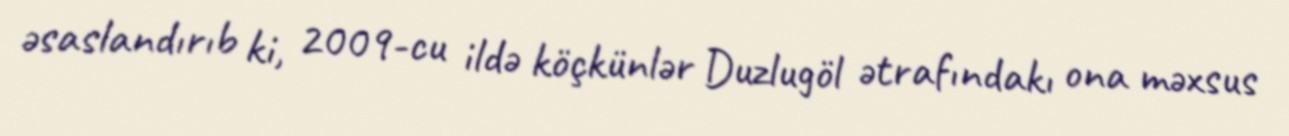
əsaslandırıb ki, 2009-cu ildə köçkünlər Duzlugöl ətrafındakı ona məxsus